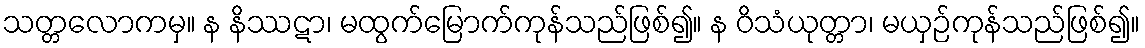
သတ္တလောကမှ။ န နိဿဋာ၊ မထွက်မြောက်ကုန်သည်ဖြစ်၍။ န ဝိသံယုတ္တာ၊ မယှဉ်ကုန်သည်ဖြစ်၍။